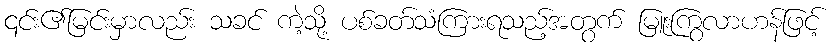
၎င်း၏မြင်းမှာလည်း သခင် ကဲ့သို့ ပစ်ခတ်သံကြားရသည့်အတွက် မြူးကြွလာဟန်ဖြင့်